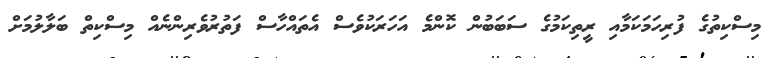
މިސްކިތުގެ ފުރިހަމަކަމާއި ރީތިކަމުގެ ސަބަބުން ކޮންމެ އަހަރަކުވެސް އެތައްހާސް ފަތުރުވެރިންނެއް މިސްކިތް ބަލާލުމަށް